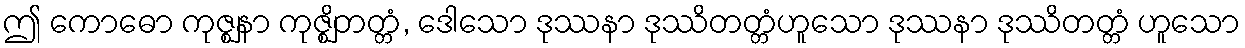
ဤ ကောဓော ကုဇ္ဈနာ ကုဇ္ဈိတတ္တံ, ဒေါသော ဒုဿနာ ဒုဿိတတ္တံဟူသော ဒုဿနာ ဒုဿိတတ္တံ ဟူသော